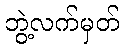
ဘွဲ့လက်မှတ်